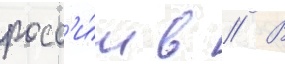
росс'и́и в // В